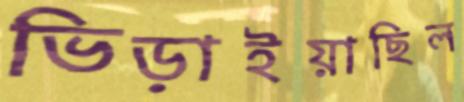
ভিড়াইয়াছিল